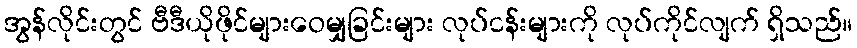
အွန်လိုင်းတွင် ဗီဒီယိုဖိုင်များဝေမျှခြင်းများ လုပ်ငန်းများကို လုပ်ကိုင်လျက် ရှိသည်။